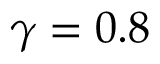
\gamma = 0 . 8